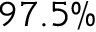
9 7 . 5 \%